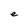
Character: e